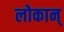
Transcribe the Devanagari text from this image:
लोकान्